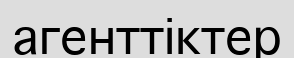
агенттіктер